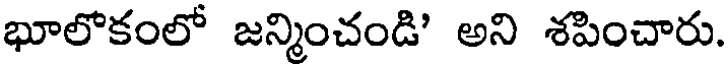
భూలోకంలో జన్మించండి' అని శపించారు.